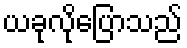
ယခုလိုပြောသည်